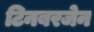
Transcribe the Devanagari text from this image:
टिनबरजेन